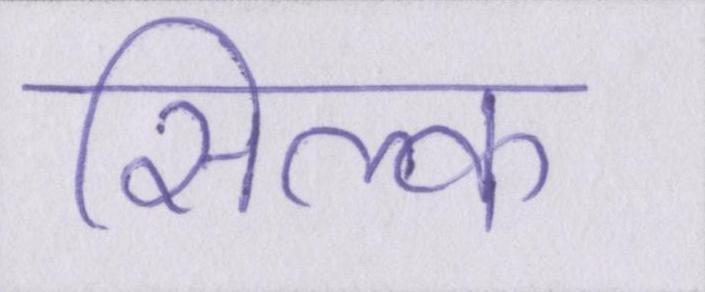
सिल्क